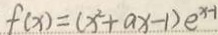
f ( x ) = ( x ^ { 2 } + a x - 1 ) e ^ { x - 1 }